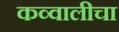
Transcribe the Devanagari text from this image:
कव्वालीचा